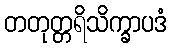
တတုတ္တရိသိက္ခာပဒံ